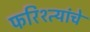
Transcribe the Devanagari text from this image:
फरिश्त्यांचे